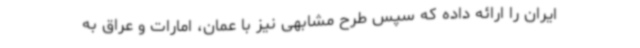
ایران را ارائه داده که سپس طرح مشابهی نیز با عمان، امارات و عراق به